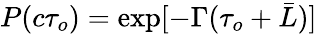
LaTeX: P(c\tau_{o})=\exp[-\Gamma(\tau_{o}+\bar{L})]